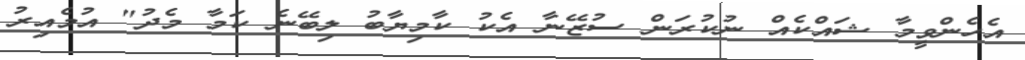
އެހެންވީމާ ޝައްކެއް ނުކުރަން ސުޒޭނާ އެކު ކާމިޔާބު ލިބޭނެ ކަމާ މެދު" އުމެއިރު